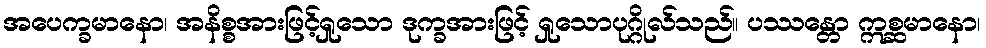
အပေက္ခမာနော၊ အနိစ္စအားဖြင့်ရှုသော ဒုက္ခအားဖြင့် ရှုသောပုဂ္ဂိုလ်သည်။ ပဿန္တော ဣစ္ဆမာနော၊